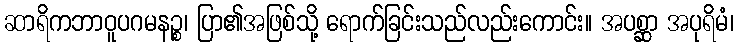
ဆာရိကဘာဝူပဂမနဉ္စ၊ ပြာ၏အဖြစ်သို့ ရောက်ခြင်းသည်လည်းကောင်း။ အပစ္ဆာ အပုရိမံ၊